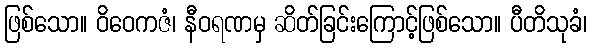
ဖြစ်သော။ ဝိဝေကဇံ၊ နီဝရဏမှ ဆိတ်ခြင်းကြောင့်ဖြစ်သော။ ပီတိသုခံ၊